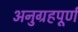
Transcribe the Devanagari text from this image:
अनुग्रहपूर्ण